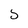
Character: 5